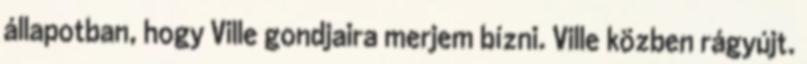
állapotban, hogy Ville gondjaira merjem bízni. Ville közben rágyújt.